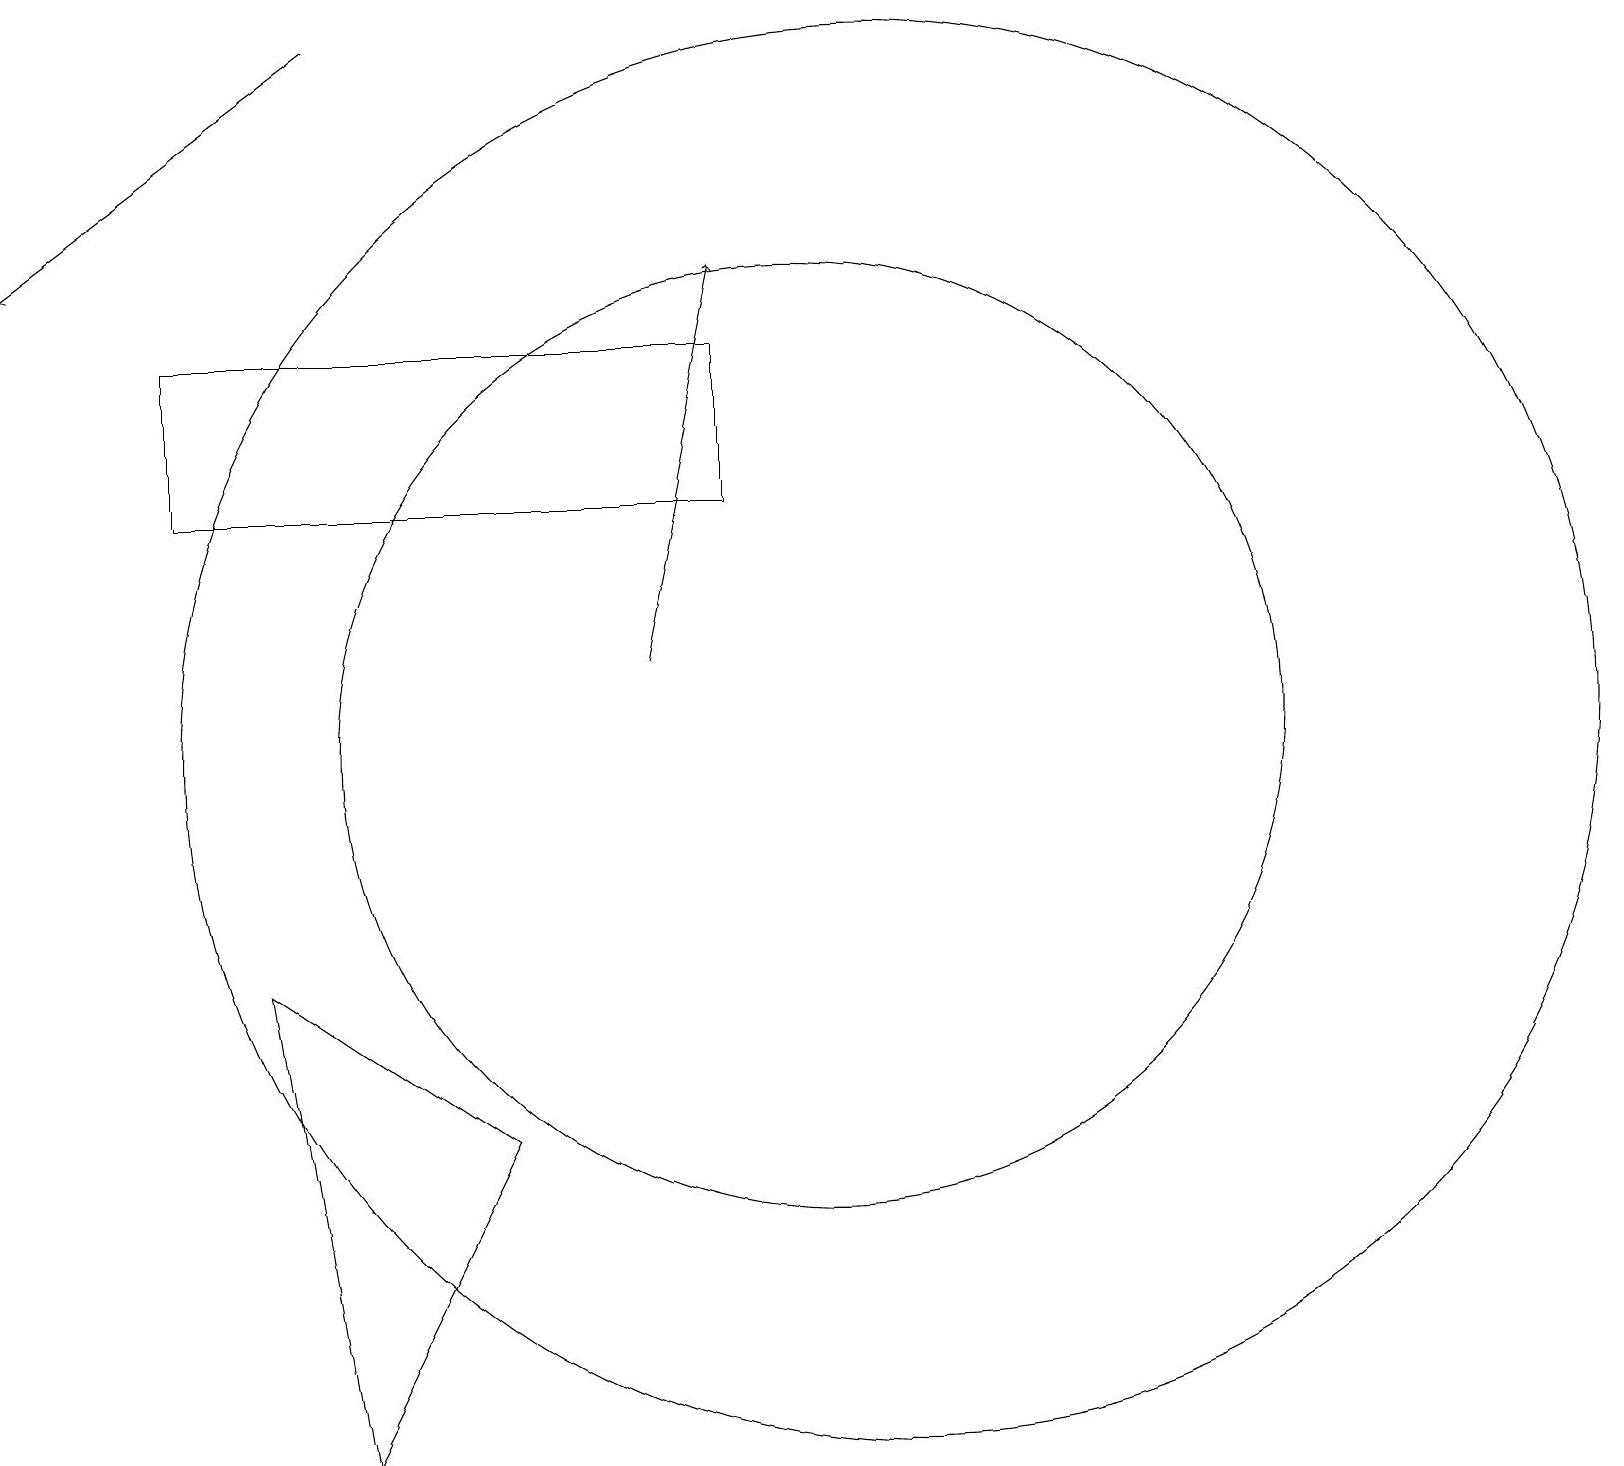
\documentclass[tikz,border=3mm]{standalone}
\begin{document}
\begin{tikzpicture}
\draw[->] (4,19) -- (0,16);
\draw (4,1) -- (6,5) -- (3,7) -- cycle;
\draw (10,10) circle (6);
\draw[->] (8,11) -- (9,16);
\draw (11,10) circle (9);
\draw (9,15) rectangle (2,13);
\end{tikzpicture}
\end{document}